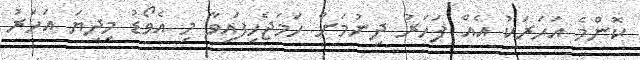
ކޮންމެ އަހަރަކު އެއް ފަހަރު ދިނުމަށް ހަމަޖެހިފައިވާ މި އެވޯޑު މިދިޔަ އަހަރު